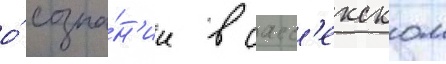
о́ созна́н'ии в сасс'екском